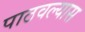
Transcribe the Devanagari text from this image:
पाठवल्‍यास